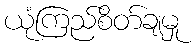
ယုံကြည်စိတ်ချမှု